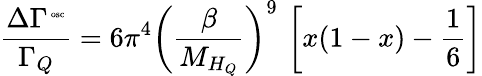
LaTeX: \frac{\Delta\Gamma^{\mathrm{\tiny~osc}}}{\Gamma_{Q}}=6\pi^{4}\left(\frac{\beta}{M_{H_{Q}}}\right)^{9}\, \left[x(1-x)-\frac{1}{6}\right]